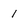
Character: 1